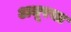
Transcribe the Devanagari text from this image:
अमूरचा